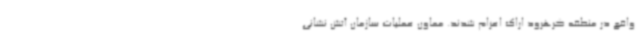
واقع در منطقه کرهرود اراک اعزام شدند. معاون عملیات سازمان آتش نشانی